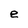
Character: e